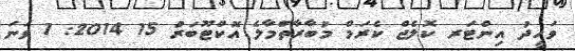
ވަހީދު އިންޓަރ ކޮލެޖް ކެރަމް މުބާރާތްަމާލެ އޮކްޓޫބަރު 15 2014: 1 ވަނަ